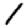
Digit: 1